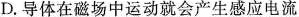
D.导体在磁场中运动就会产生感应电流